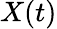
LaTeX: X(t)